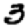
Digit: 3